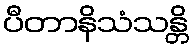
ပီတာနိသံသန္တိ